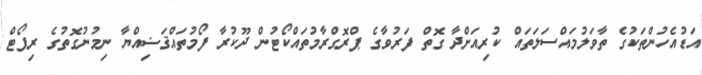
އަޑުއެހުންތަކުގެ ތާވަލުމައްސަލަތައް ކުރިއަށްދާ ގޮތް ފަރުވާގެ ޕްރޮގްރާމުތައްކޯޓުން ދޫކުރާ ފޯމުތައްޤަޟިއްޔާ ނިމުނުގޮތުގެ ރިޕޯޓް